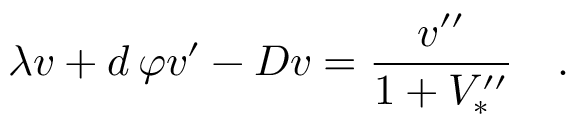
\lambda v + d \, \varphi v ^ { \prime } - D v = { \frac { v ^ { \prime \prime } } { 1 + V _ { * } ^ { \prime \prime } } } \quad .